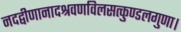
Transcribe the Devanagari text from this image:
नदद्वीणानादश्रवणविलसत्कुण्डलगुणा।